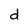
Character: d